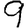
Digit: 9